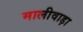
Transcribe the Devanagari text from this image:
मालीवाड़ा